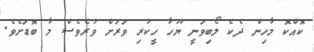
ކޮއްކޮ މާހިން ދެކެ ލޯބިވަނީ ޔޫހާ ހީކުރި ވަރަށް ވުރެވެސް މާ ބޮޑަށެވެ.